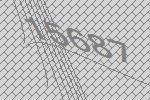
15687